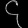
Digit: ၄